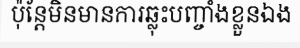
ប៉ុន្តែមិនមានការឆ្លុះបញ្ចាំងខ្លួនឯង